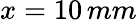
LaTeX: x=10\, mm